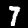
Label: 7